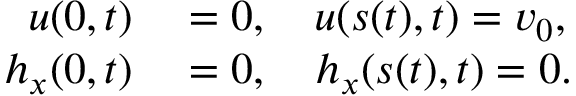
\begin{array} { r l } { u ( 0 , t ) } & { { } = 0 , \quad u ( s ( t ) , t ) = v _ { 0 } , } \\ { h _ { x } ( 0 , t ) } & { { } = 0 , \quad h _ { x } ( s ( t ) , t ) = 0 . } \end{array}